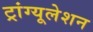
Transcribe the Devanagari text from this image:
ट्रांग्यूलेशन